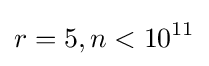
r=5,n<10^{11}